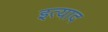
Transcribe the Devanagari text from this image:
इत्याद